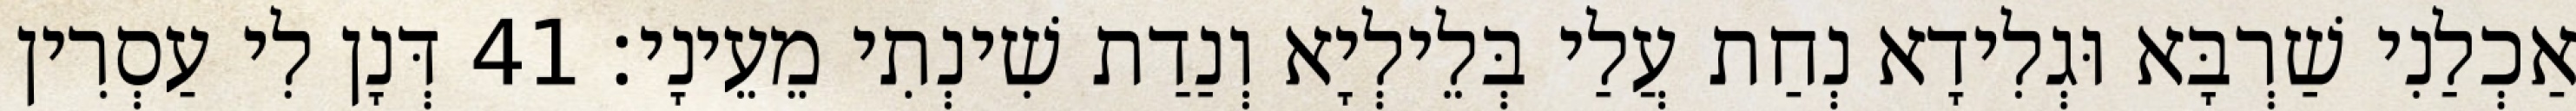
אַכְלַנִי שַׁרְבָּא וּגְלִידָא נְחַת עֲלַי בְּלֵילְיָא וְנַדַת שִׁינְתִי מֵעֵינָי׃ 41 דְּנָן לִי עַסְרִין